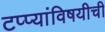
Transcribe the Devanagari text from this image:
टप्प्यांविषयीची